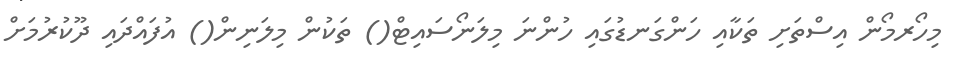
މިހޯރމޯން އިސްތަށި ތަކާއި ހަންގަނޑުގައި ހުންނަ މިލަނޯސައިޓް() ތަކުން މިލަނިން() އުފައްދައި ދޫކުރުމަށް